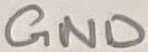
Text: GND